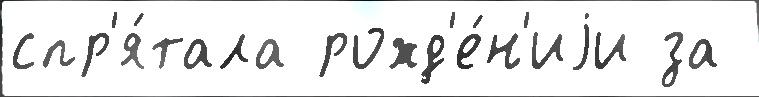
спр'я́тала рожд'е́н'иjи за